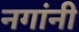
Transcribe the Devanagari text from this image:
नगांनी